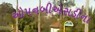
ઓપનબીએસડીના